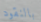
بالنقود